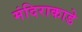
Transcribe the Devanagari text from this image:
मंदिराकाडे